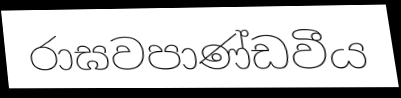
රාඝවපාණ්ඩවීය